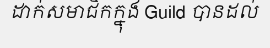
ដាក់សមាជិកក្នុង Guild បានដល់